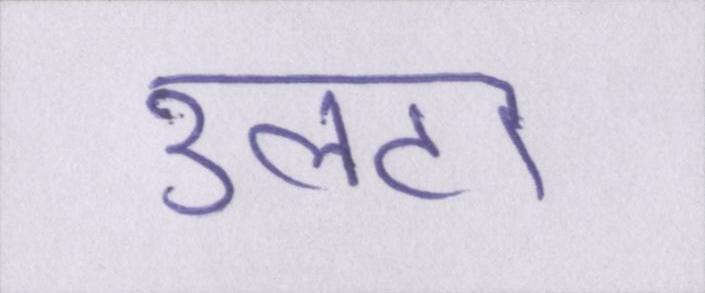
उलटा